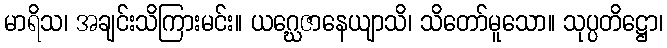
မာရိသ၊ အချင်းသိကြားမင်း။ ယဂ္ဃေဇာနေယျာသိ၊ သိတော်မူသော။ သုပ္ပတိဋ္ဌော၊